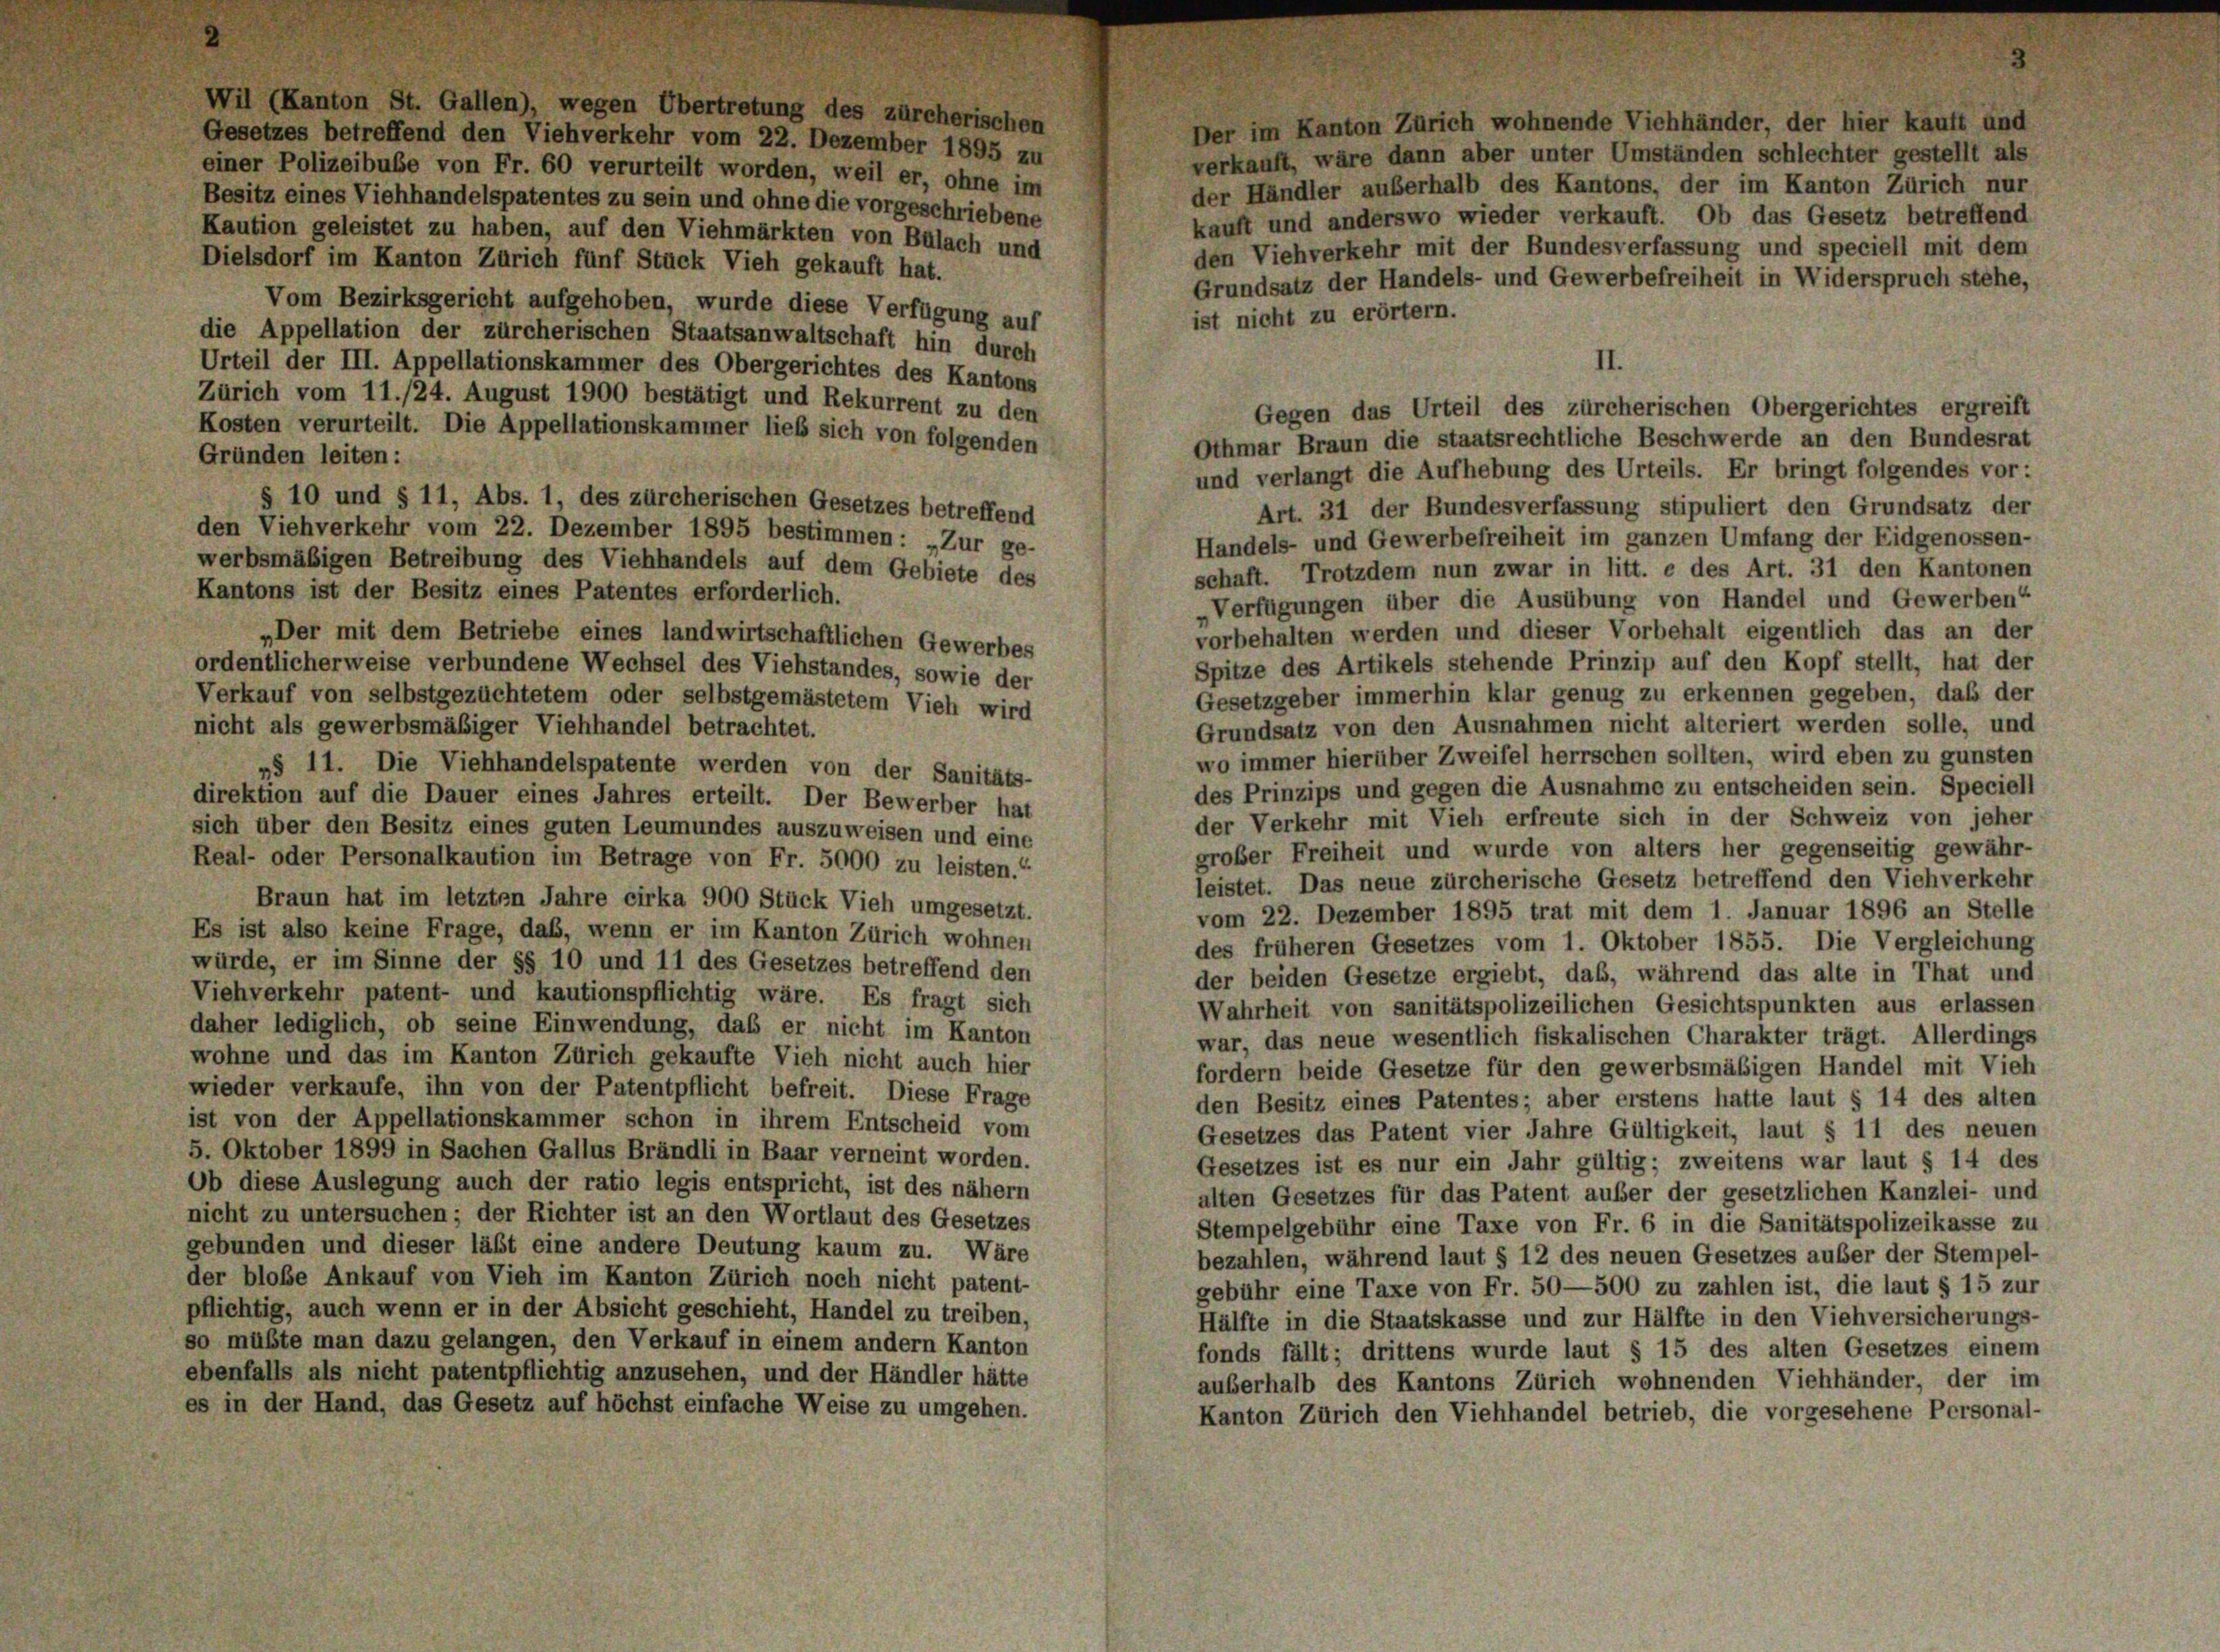
Wil (Kanton St. Gallen), wegen Übertretung des zürcherischen
Gesetzes betreffend den Viehverkehr vom 22. Dezember 1895 zu
einer Polizeibube von Fr. 60 verurteilt worden, weil er, ohne im
der Händler außerhalb des Kantons, der im Kanton Zürich nur
Besitz eines Viehhandelspatentes zu sein und ohne die vorgeschriebene
kauft und anderswo wieder verkauft. Ob das Gesetz betreffend
Kaution geleistet zu haben, auf den Viehmärkten von Bülach und
den Viehverkehr mit der Bundesverfassung und speciell mit dem
Dielsdorf im Kanton Zürich fünf Stück Vieh gekauft hat.
Grundsatz der Handels- und Gewerbefreiheit in Widerspruch stehe,
Vom Bezirksgericht aufgehoben, wurde diese Verfügung auf
ist nicht zu erörtern.
die Appellation der zürcherischen Staatsanwaltschaft hin durch
II.
Urteil der III. Appellationskammer des Obergerichtes des Kantons
Zürich vom 11./24. August 1900 bestätigt und Rekurrent zu den
Gegen das Urteil des zürcherischen Obergerichtes ergreift
Kosten verurteilt. Die Appellationskammer lieb sich von folgenden
Othmar Braun die staatsrechtliche Beschwerde an den Bundesrat
Gründen leiten:
und verlangt die Aufhebung des Urteils. Er bringt folgendes vor:
§ 10 und § 11, Abs. 1, des zürcherischen Gesetzes betreffend
Art. 31 der Bundesverfassung stipuliert den Grundsatz der
den Viehverkehr vom 22. Dezember 1895 bestimmen: „Zur ge-
Handels- und Gewerbefreiheit im ganzen Umfang der Eidgenossen-
werbsmäßigen Betreibung des Viehhandels auf dem Gebiete des
schaft. Trotzdem nun zwar in litt. e des Art. 31 den Kantonen
Kantons ist der Besitz eines Patentes erforderlich.
„Verfügungen über die Ausübung von Handel und Gewerben“
vorbehalten werden und dieser Vorbehalt eigentlich das an der
„Der mit dem Betriebe eines landwirtschaftlichen Gewerbes
Spitze des Artikels stehende Prinzip auf den Kopf stellt, hat der
ordentlicherweise verbundene Wechsel des Viehstandes, sowie der
Gesetzgeber immerhin klar genug zu erkennen gegeben, daß der
Verkauf von selbstgezüchtetem oder selbstgemästetem Vieh wird
Grundsatz von den Ausnahmen nicht alteriert werden solle, und
nicht als gewerbsmäßiger Viehhandel betrachtet.
wo immer hierüber Zweifel herrschen sollten, wird eben zu gunsten
»§ 11. Die Viehhandelspatente werden von der Sanitäts-
des Prinzips und gegen die Ausnahme zu entscheiden sein. Speciell
direktion auf die Dauer eines Jahres erteilt. Der Bewerber hat
der Verkehr mit Vieh erfreute sich in der Schweiz von jeher
sich über den Besitz eines guten Leumundes auszuweisen und eine
großer Freiheit und wurde von alters her gegenseitig gewähr-
Real- oder Personalkaution im Betrage von Fr. 5000 zu leisten.“
leistet. Das neue zürcherische Gesetz betreffend den Viehverkehr
Braun hat im letzten Jahre cirka 900 Stück Vieh umgesetzt.
vom 22. Dezember 1895 trat mit dem 1. Januar 1896 an Stelle
Es ist also keine Frage, daß, wenn er im Kanton Zürich wohnen
des früheren Gesetzes vom 1. Oktober 1855. Die Vergleichung
würde, er im Sinne der §§ 10 und 11 des Gesetzes betreffend den
der beiden Gesetze ergiebt, daß, während das alte in That und
Viehverkehr patent- und kautionspflichtig wäre. Es fragt sich
Wahrheit von sanitätspolizeilichen Gesichtspunkten aus erlassen
daher lediglich, ob seine Einwendung, daß er nicht im Kanton
war, das neue wesentlich fiskalischen Charakter trägt. Allerdings
wohne und das im Kanton Zürich gekaufte Vieh nicht auch hier
fordern beide Gesetze für den gewerbsmäßigen Handel mit Vieh
wieder verkaufe, ihn von der Patentpflicht befreit. Diese Frage
den Besitz eines Patentes; aber erstens hatte laut § 14 des alten
ist von der Appellationskammer schon in ihrem Entscheid vom
Gesetzes das Patent vier Jahre Gültigkeit, laut § 11 des neuen
5. Oktober 1899 in Sachen Gallus Brändli in Baar verneint worden.
Gesetzes ist es nur ein Jahr gültig; zweitens war laut § 14 des
Ob diese Auslegung auch der ratio legis entspricht, ist des nähern
alten Gesetzes für das Patent außer der gesetzlichen Kanzlei- und
nicht zu untersuchen; der Richter ist an den Wortlaut des Gesetzes
Stempelgebühr eine Taxe von Fr. 6 in die Sanitätspolizeikasse zu
gebunden und dieser läßt eine andere Deutung kaum zu. Wäre
bezahlen, während laut § 12 des neuen Gesetzes außer der Stempel-
der bloße Ankauf von Vieh im Kanton Zürich noch nicht patent-
gebühr eine Taxe von Fr. 50—500 zu zahlen ist, die laut § 15 zur
pflichtig, auch wenn er in der Absicht geschieht, Handel zu treiben,
Hälfte in die Staatskasse und zur Hälfte in den Viehversicherungs-
so müßte man dazu gelangen, den Verkauf in einem andern Kanton
fonds fällt; drittens wurde laut § 15 des alten Gesetzes einem
ebenfalls als nicht patentpflichtig anzusehen, und der Händler hätte
auserhalb des Kantons Zürich wohnenden Viehhänder, der im
es in der Hand, das Gesetz auf höchst einfache Weise zu umgehen.
Kanton Zürich den Viehhandel betrieb, die vorgesehene Personal-

Der im Kanton Zürich wohnende Viehhänder, der hier kauft und
verkauft, wäre dann aber unter Umständen schlechter gestellt als